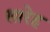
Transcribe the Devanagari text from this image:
सारेह